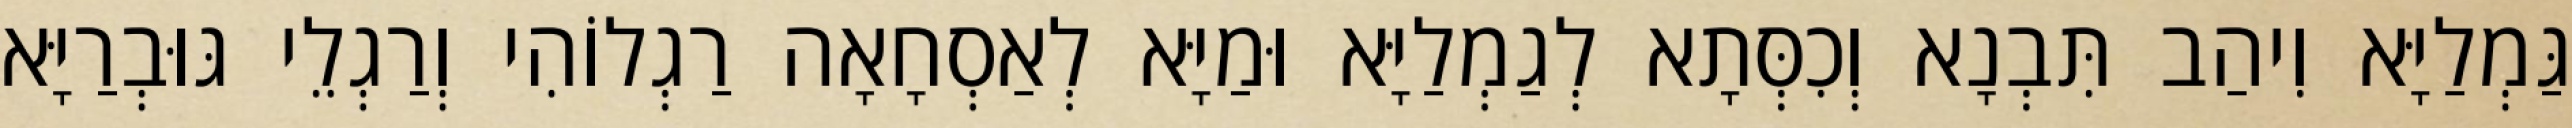
גַּמְלַיָּא וִיהַב תִּבְנָא וְכִסְּתָא לְגַמְלַיָּא וּמַיָּא לְאַסְחָאָה רַגְלוֹהִי וְרַגְלֵי גּוּבְרַיָּא